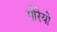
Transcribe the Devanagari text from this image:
गोरेयो